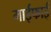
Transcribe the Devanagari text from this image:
माईफाई